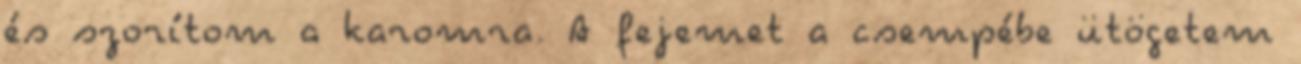
és szorítom a karomra. A fejemet a csempébe ütögetem